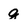
Character: g